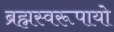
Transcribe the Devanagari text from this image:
ब्रह्मस्वरूपायो